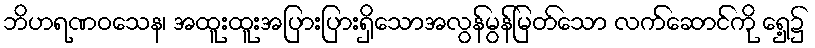
ဘိဟရဏဝသေန၊ အထူးထူးအပြားပြားရှိသောအလွန်မွန်မြတ်သော လက်ဆောင်ကို ရှေ့၌